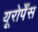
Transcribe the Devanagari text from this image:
यूरोपेँस